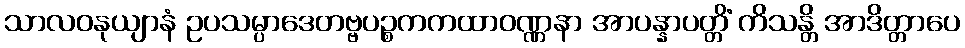
သာလဝနုယျာနံ ဥပသမ္ပာဒေတဗ္ဗပဉ္စကကထာဝဏ္ဏနာ အာပန္နာပတ္တိံ ကိသန္တိ အာဒိတ္တာပေ